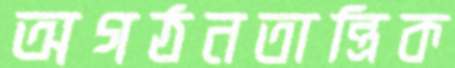
অগঠনতান্ত্রিক